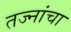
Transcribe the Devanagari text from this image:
तज्नांचा